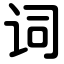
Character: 词